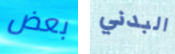
بعض البدني